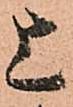
上